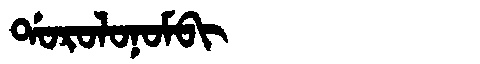
Manchu: ᡩᠣᡵᠣᠯᠣᠨᠣᠮᠪᡳ
Romanization: DOROLONOMBI